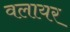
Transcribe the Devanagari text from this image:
वलायर